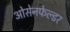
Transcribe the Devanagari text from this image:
ओसेनफेल्डर